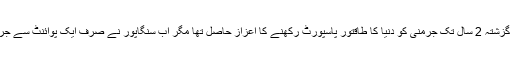
پاسپورٹ انڈیکس رینکنگ کی عالمی ویب سائٹ کے مطابق گزشتہ 2 سال تک جرمنی کو دنیا کا طاقتور پاسپورٹ رکھنے کا اعزاز حاصل تھا مگر اب سنگاپور نے صرف ایک پوائنٹ سے جرمنی سے یہ اعزاز چھینتے ہوئے اسے نیچے دھکیل دیا ہے۔